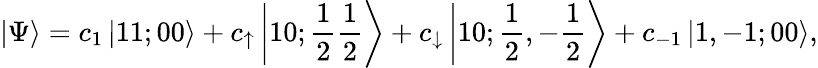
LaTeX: \left|\Psi\right\rangle=c_{1}\left|11;00\right\rangle+c_{\uparrow}\left|10;\frac 12\frac 12\right\rangle+c_{\downarrow}\left|10;\frac 12,{-}\frac 12\right\rangle+c_{{-}1}\left|1,-1;00\right\rangle,